Rangoon Lunatic Asylum 1878-1892 - 1878-1892
Year: 1878
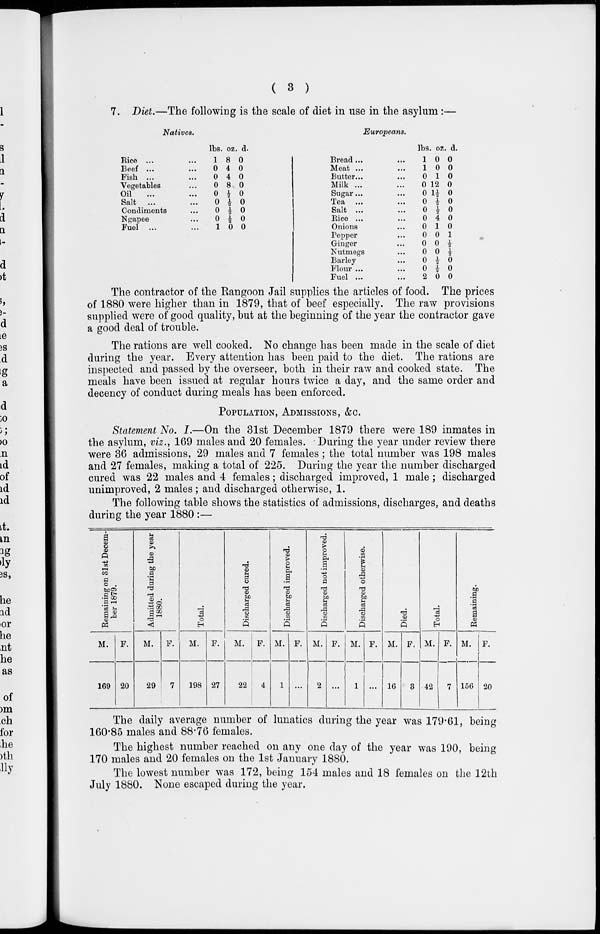
( 3 )
7. Diet.—The following is the scale of diet in use in the asylum :—
Natives.
Rice ... ...
Beef ... ...
Fish ... ...
Vegetables ...
Oil ... ...
Salt ... ...
Condiments ...
Ngapee ...
Fuel ... ...
lbs.
1
0
0
0
0
0
0
0
1
oz.
8
4
4
8
½
½
½
½
0
d.
0
0
0
0
0
0
0
0
0
Europeans.
Bread ... ...
Meat ... ...
Butter ... ...
Milk ... ...
Sugar ... ...
Tea ... ...
Salt ... ...
Rice ... ...
Onions ... ...
Pepper ... ...
Ginger ... ...
Nutmegs ... ...
Barley ... ...
Flour ... ...
Fuel ... ...
lbs.
1
1
0
0
0
0
0
0
0
0
0
0
0
0
2
oz
0
0
1
12
1½
½
½
4
1
0
0
0
½
½
0
. d.
0
0
0
0
0
0
0
0
0
1 ½
½
0
0
0
The contractor of the Rangoon Jail supplies the articles of food. The prices
of 1880 were higher than in 1879, that of beef especially. The raw provisions
supplied were of good quality, but at the beginning of the year the contractor gave
a good deal of trouble.
The rations are well cooked. No change has been made in the scale of diet
during the year. Every attention has been paid to the diet. The rations are
inspected and passed by the overseer, both in their raw and cooked state. The
meals have been issued at regular hours twice a day, and the same order and
decency of conduct during meals has been enforced.
POPULATION ADMISSIONS, &c.
Statement No. I.—On the 31st December 1879 there were 189 inmates in
the asylum, viz., 169 males and 20 females. During the year under review there
were 36 admissions, 29 males and 7 females; the total number was 198 males
and 27 females, making a total of 225. During the year the number discharged
cured was 22 males and 4 females; discharged improved, 1 male; discharged
unimproved, 2 males; and discharged otherwise, 1.
The following table shows the statistics of admissions, discharges, and deaths
during the year 1880 :—
Remaining on 31st Decem-
ber 1879.
M.
169
F.
20
Admitted during the year
1880.
M.
29
F.
7
Total.
M.
198
F.
27
Discharged cured.
M.
22
F.
4
Discharged improved.
M.
1
F.
...
Discharged not improved.
M.
2
F.
...
Discharged otherwise.
M.
1
F.
...
Died.
M.
16
F.
3
Total.
M.
42
F.
7
Remaining.
M.
156
F.
20
The daily average number of lunatics during the year was 179.61, being
160.85 males and 88.76 females.
The highest number reached on any one day of the year was 190, being
170 males and 20 females on the 1st January 1880.
The lowest number was 172, being 154 males and 18 females on the 12th
July 1880. None escaped during the year.